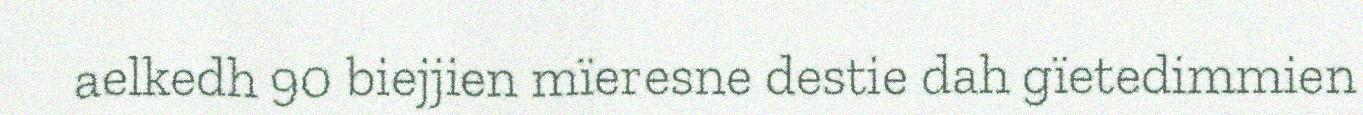
aelkedh 90 biejjien mïeresne destie dah gïetedimmien